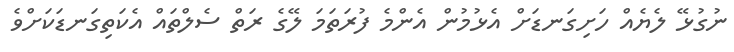
ނުގުޅޭ ލެޔެއް ހަށިގަނޑަށް އެޅުމުން އެންމެ ފުރަތަމަ ލޭގެ ރަތް ސެލްތައް އެކަތިގަނޑަކަށްވެ